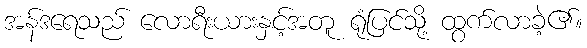
အန်ဒရေသည် လောရီးယားနှင့်အတူ ရုံပြင်သို့ ထွက်လာခဲ့၏။